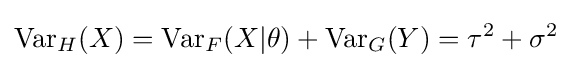
\operatorname {Var} _{H}(X)=\operatorname {Var} _{F}(X|\theta )+\operatorname {Var} _{G}(Y)=\tau ^{2}+\sigma ^{2}